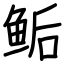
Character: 鲘